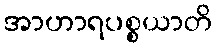
အာဟာရပစ္စယာတိ